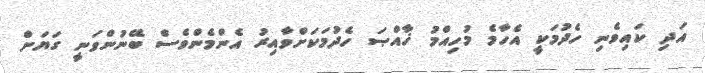
އަދި ކައިވެނި ހެދުމަކީ އެހާމެ މުހިއްމު ޚާއްޞަ ހެދުމަކަށްވާއިރު އެންމެންވެސް ބޭނުންވަނީ ގަޔަށް